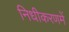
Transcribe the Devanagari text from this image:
निधीकरणमें